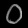
Digit: ၀